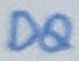
Text: DQ